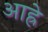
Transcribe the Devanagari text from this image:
आह्रे